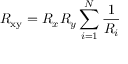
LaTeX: R _ { \mathrm { x y } } = R _ { x } R _ { y } \sum _ { i = 1 } ^ { N } { \frac { 1 } { R _ { i } } }